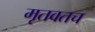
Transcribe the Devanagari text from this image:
मृतवतच